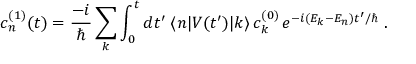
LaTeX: c _ { n } ^ { ( 1 ) } ( t ) = { \frac { - i } { \hbar } } \sum _ { k } \int _ { 0 } ^ { t } d t ^ { \prime } \; \langle n | V ( t ^ { \prime } ) | k \rangle \, c _ { k } ^ { ( 0 ) } \, e ^ { - i ( E _ { k } - E _ { n } ) t ^ { \prime } / \hbar } ~ .